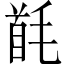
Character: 𩠔